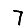
Digit: 7